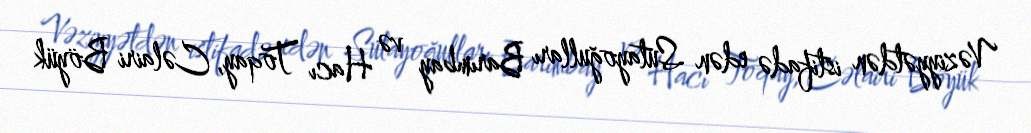
Vəziyyətdən istifadə edən Sutayoğulları Barımbay və Hacı Toqay, Cəlairi Böyük